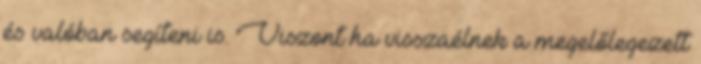
és valóban segíteni is. Viszont ha visszaélnek a megelőlegezett